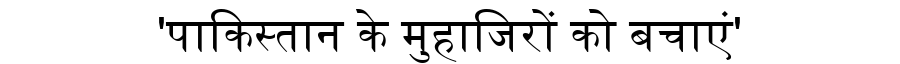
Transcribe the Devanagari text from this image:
'पाकिस्तान के मुहाजिरों को बचाएं'